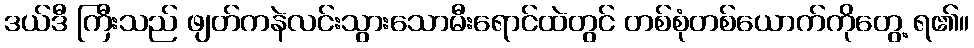
ဒယ်ဒီ ကြီးသည် ဖျတ်ကနဲလင်းသွားသောမီးရောင်ထဲတွင် တစ်စုံတစ်ယောက်ကိုတွေ့ ရ၏။